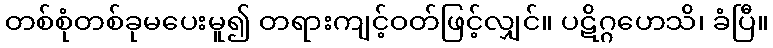
တစ်စုံတစ်ခုမပေးမူ၍ တရားကျင့်ဝတ်ဖြင့်လျှင်။ ပဋိဂ္ဂဟေသိ၊ ခံပြီ။